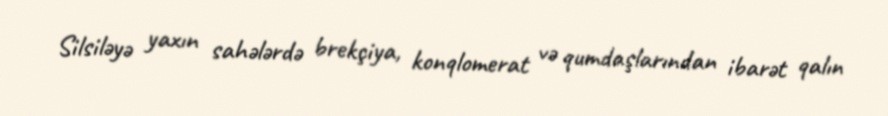
Silsiləyə yaxın sahələrdə brekçiya, konqlomerat və qumdaşlarından ibarət qalın